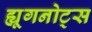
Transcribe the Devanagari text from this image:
ह्यूगनोट्स